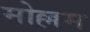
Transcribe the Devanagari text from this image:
मोल्लम